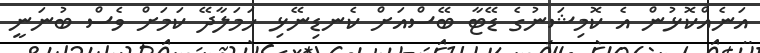
އަނެއްކޮޅުން އެ ކޮމިޝަނުގެ ޑޭޓާ ބޭސްއަށް ކެނޑިނޭޅި ހަމަލާދޭ ކަމަށް ވެސް ބުނަނީ